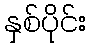
နှစ်ပိုင်း